Leningradi_Edasi_toimetus, lk 195
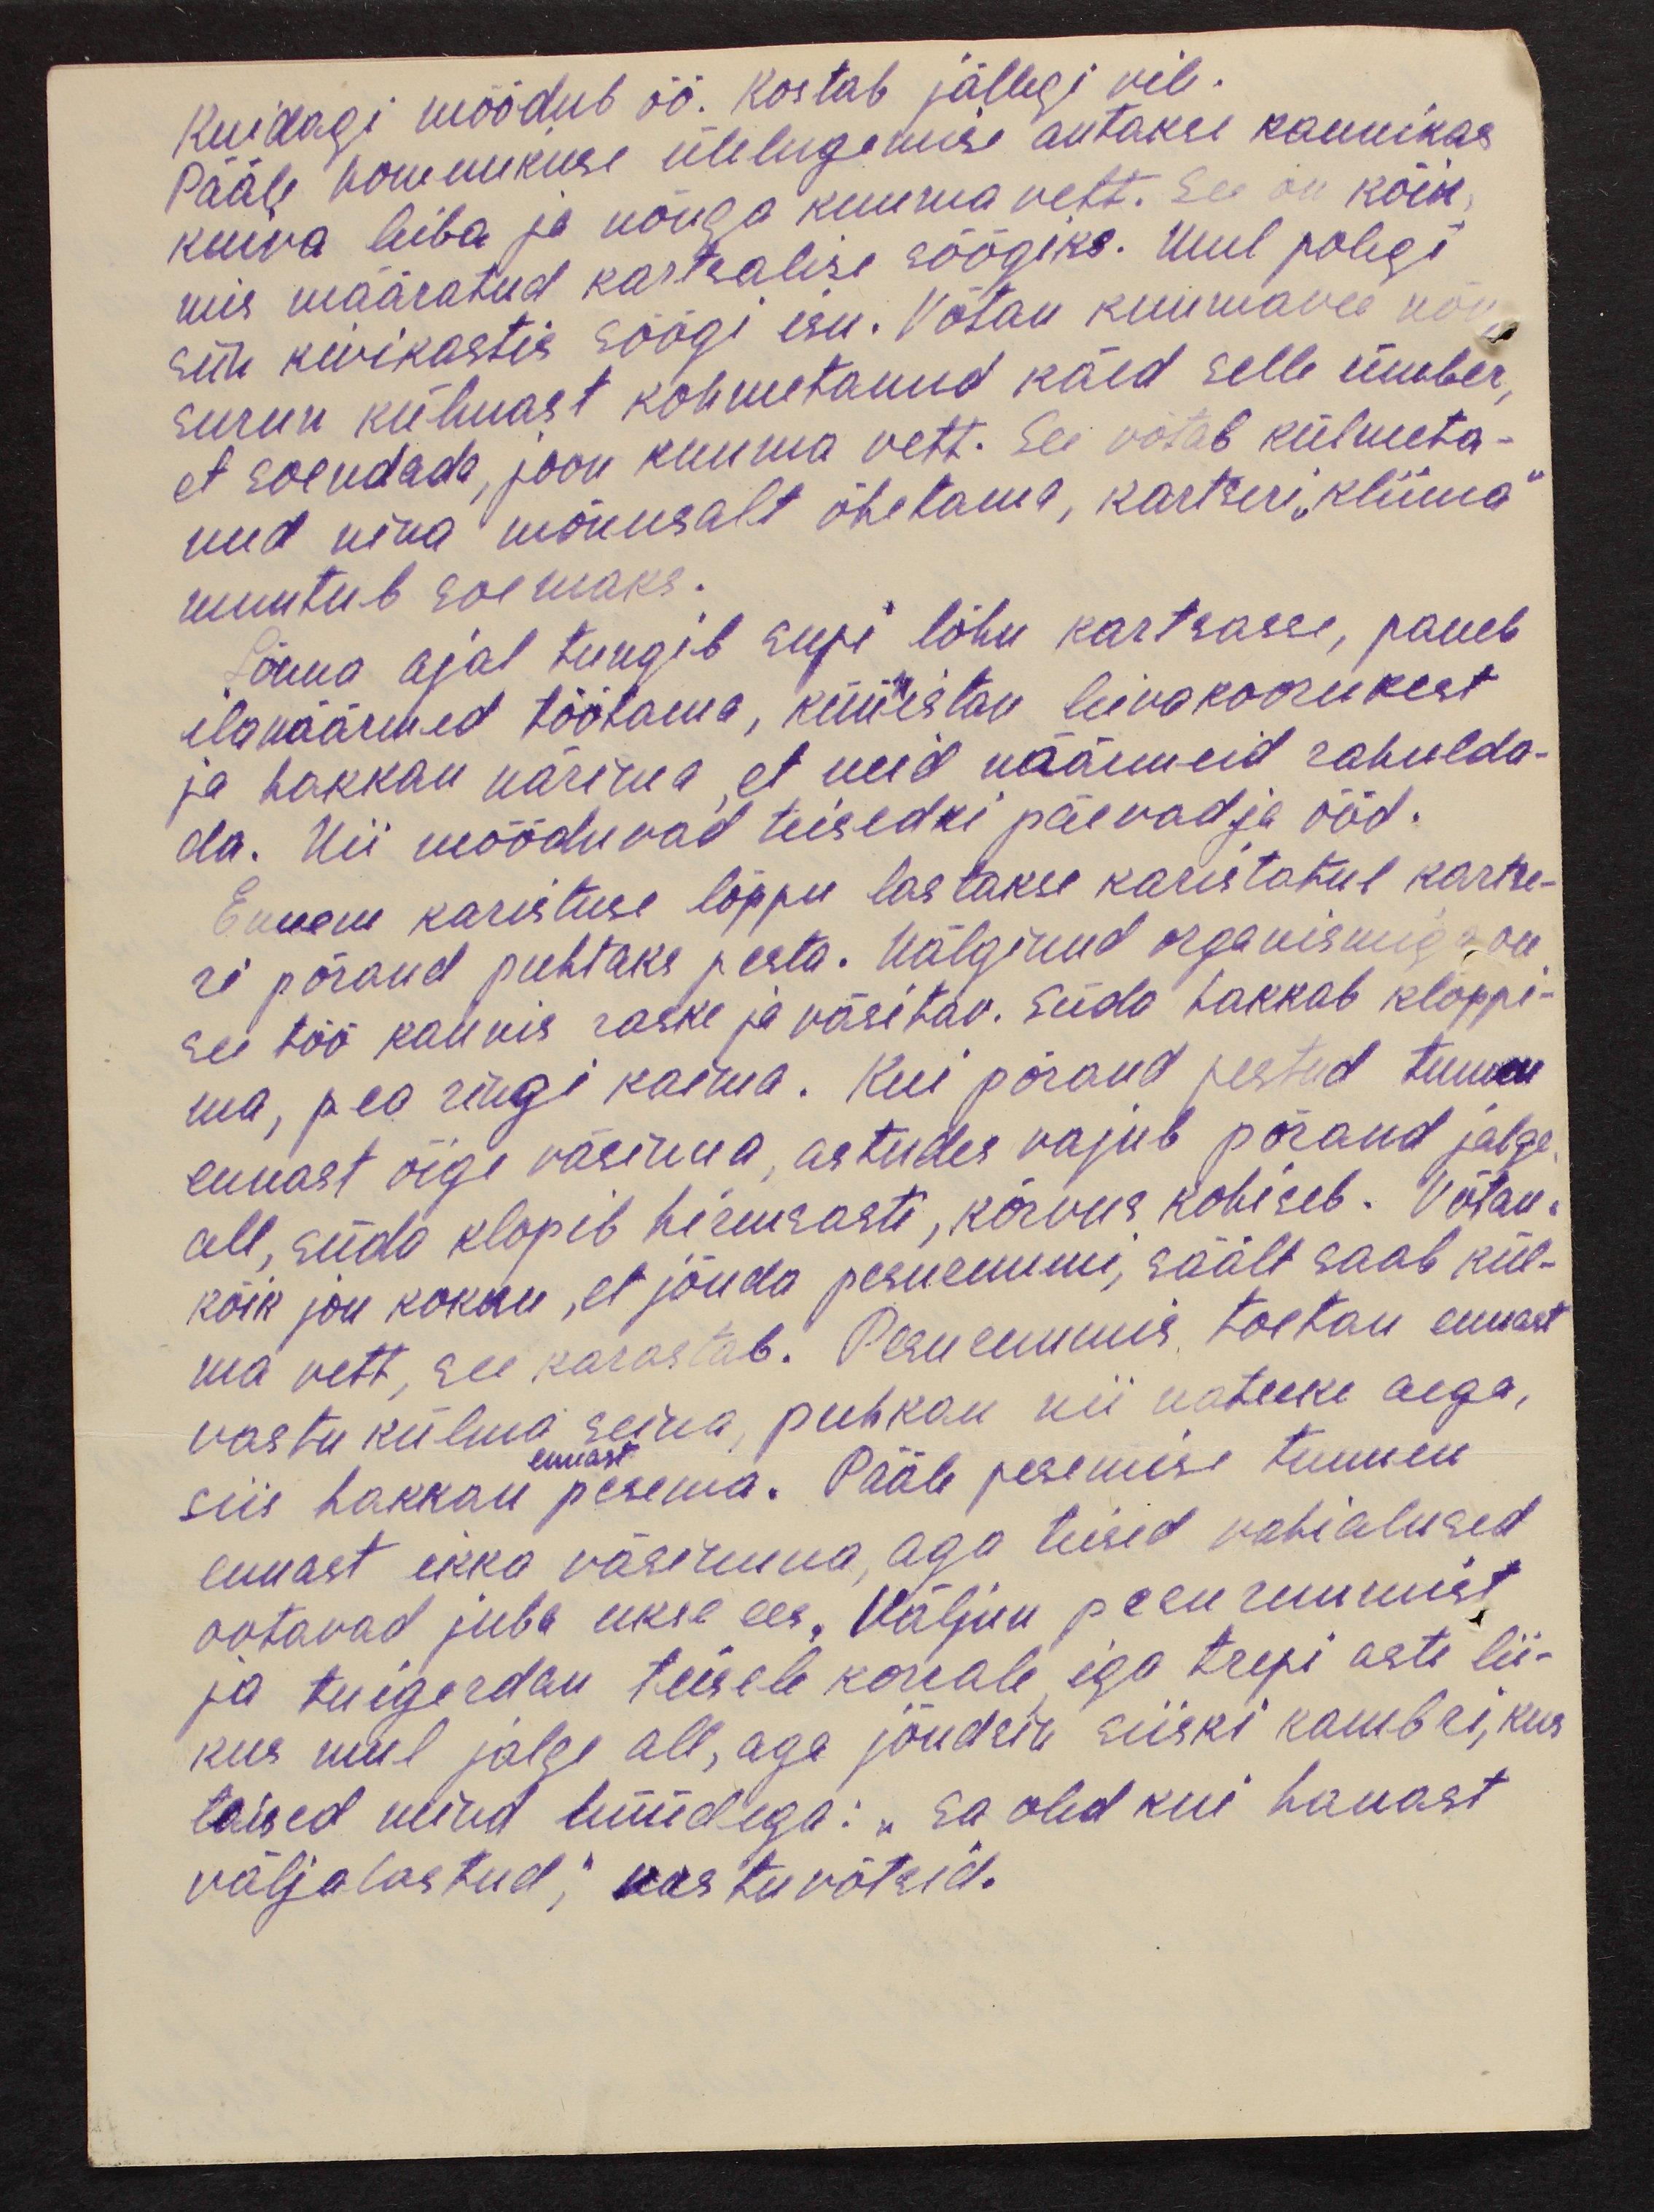
Kuidagi möödub öö. Kostab jällegi vile.
Pääle hommikuse ülelugemise antakse kannikas
kuiva leiba ja nõuga kuuma vett. See on kõik,
mis määratud kartsalise söögiks. Mul polegi
siin kivikastis söögi isu. Võtan kuumavee nõu,
surun külmast kohmetanud käed selle ümber,
et soendada, joon kuuma vett. See võtab külmeta-
nud ning mõnusalt õhetama, kartseri „kliima“
muutub soemaks.
Lõuna ajal tungib supi lõhn kartsasse, paneb
ilamäärmed töötama, küüistav leivakoorukest
ja hakkan närima, et neid näärmeid rahulda-
da. Nii mööduvad teisedki päevad ja ööd.
Ennem karistuse lõppu lastakse karistatul kartse-
ri põrand puhtaks pesta. Nälginud organismiga on
see töö kaunis raske ja väsitav. Süda hakkab kloppi-
ma, pea ringi käima. Kui põrand pestud tunnen
ennast õige väsinua, astudes vajub põrand jalge,
all, süda klopib hirmsasti, kõrvus kohiseb. Võtan
kõik jõu kokku, et jõuda pesuruumi, säält saab kül-
ma vett, see karastab. Pesuruumis toetan ennast
vastu külma seina, puhkan nii natuke aega,
siis hakkan pesema. Pääle pesemise tunnen
ennast ikka väsinuna, aga teised vahialused
ootavad juba ukse ees. Väljun pesuruumist
ja tuigerdan teisele korrale, iga trepi aste lii-
kus mul jalge all, aga jõudsin siiski kambri, kus
teised mind hüüdega: „sa oled kui hauast
väljalastud,“ vastu võtsid.